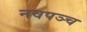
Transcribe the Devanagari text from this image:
नवपञ्च